Lunatic asylums Central Provinces reports 1895-1909 - 1895-1909
Year: 1895
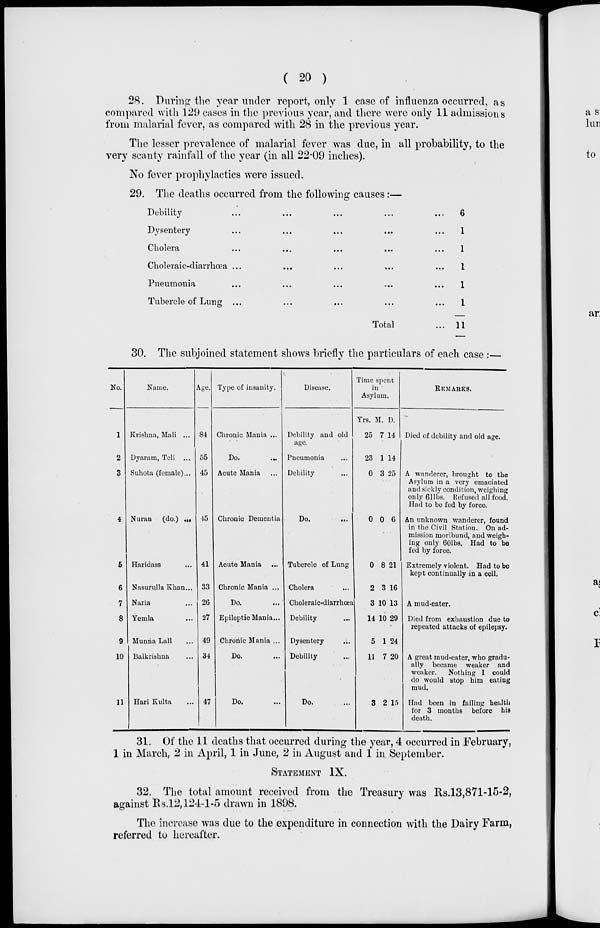
( 20 )
28. During the year under report, only 1 case of influenza occurred, as
compared with 129 cases in the previous year, and there were only 11 admissions
from malarial fever, as compared with 28 in the previous year.
The lesser prevalence of malarial fever was due, in all probability, to the
very scanty rainfall of the year (in all 22.09 inches).
No fever prophylactics were issued.
29. The deaths occurred from the following causes:—
Debility ... ... ... ... ...
Dysentery ... ... ... ... ...
Cholera ... ... ... ... ...
Choleraic-diarrhœa ... ... ... ...
Pneumonia ... ... ... ... ...
Tubercle of Lung ... ... ... ...
Total ...
6
1
1
1
1
1
11
30. The subjoined statement shows briefly the particulars of each case :—
No.
1
2
3
4
5
6
7
8
9
10
11
Name.
Krishna, Mali ...
Dyaram, Teli ...
Suhota (female)...
Nuran (do.) ...
Haridass ...
Nasurulla Khan...
Naria ...
Yemla ...
Munna Lall ...
Bulkrishna ...
Hari Kulta ...
Age.
84
55
45
15
41
33
26
27
49
34
47
Type of insanity.
Chronic Mania ...
Do. ...
Acute Mania ...
Chronic Dementia
Acute Mania ...
Chronic Mania ...
Do. ...
Epileptic Mania...
Chronic Mania ...
Do. ...
Do. ...
Disease.
Debility and old
age.
Pneumonia ...
Debility ...
Do.
...
Tubercle of Lung
Cholera ...
Choleraic-diarrhœa
Debility ...
Dysentery ...
Debility ...
Do. ...
Time spent
in
Asylum.
Yrs.
25
23
0
0
0
2
3
14
5
11
3
M.
7
1
3
0
8
3
10
10
1
7
2
D.
14
14
25
6
21
16
13
29
24
20
15
REMARKS.
Died of debility and old age.
A wanderer, brought to the
Asylum in a very emaciated
and sickly condition, weighing
only 61 lbs. Refused all food.
Had to be fed by force.
An unknown wanderer, found
in the Civil Station. On ad-
mission moribund, and weigh-
ing only 60 lbs. Had to be
fed by force.
Extremely violent. Had to be
kept continually in a cell.
A mud-eater.
Died from exhaustion due to
repeated attacks of epilepsy.
A great mud-eater, who gradu-
ally became weaker and
weaker. Nothing I could
do would stop him eating
mud.
Had been in failing health
for 3 months before his
death.
31. Of the 11 deaths that occurred during the year, 4 occurred in February,
1 in March, 2 in April, 1 in June, 2 in August and 1 in September.
STATEMENT IX.
32. The total amount received from the Treasury was Rs.13,871-15-2,
against Rs.12,124-1-5 drawn in 1898.
The increase was due to the expenditure in connection with the Dairy Farm,
referred to hereafter.